Eesti_Rahvusfond, lk 1
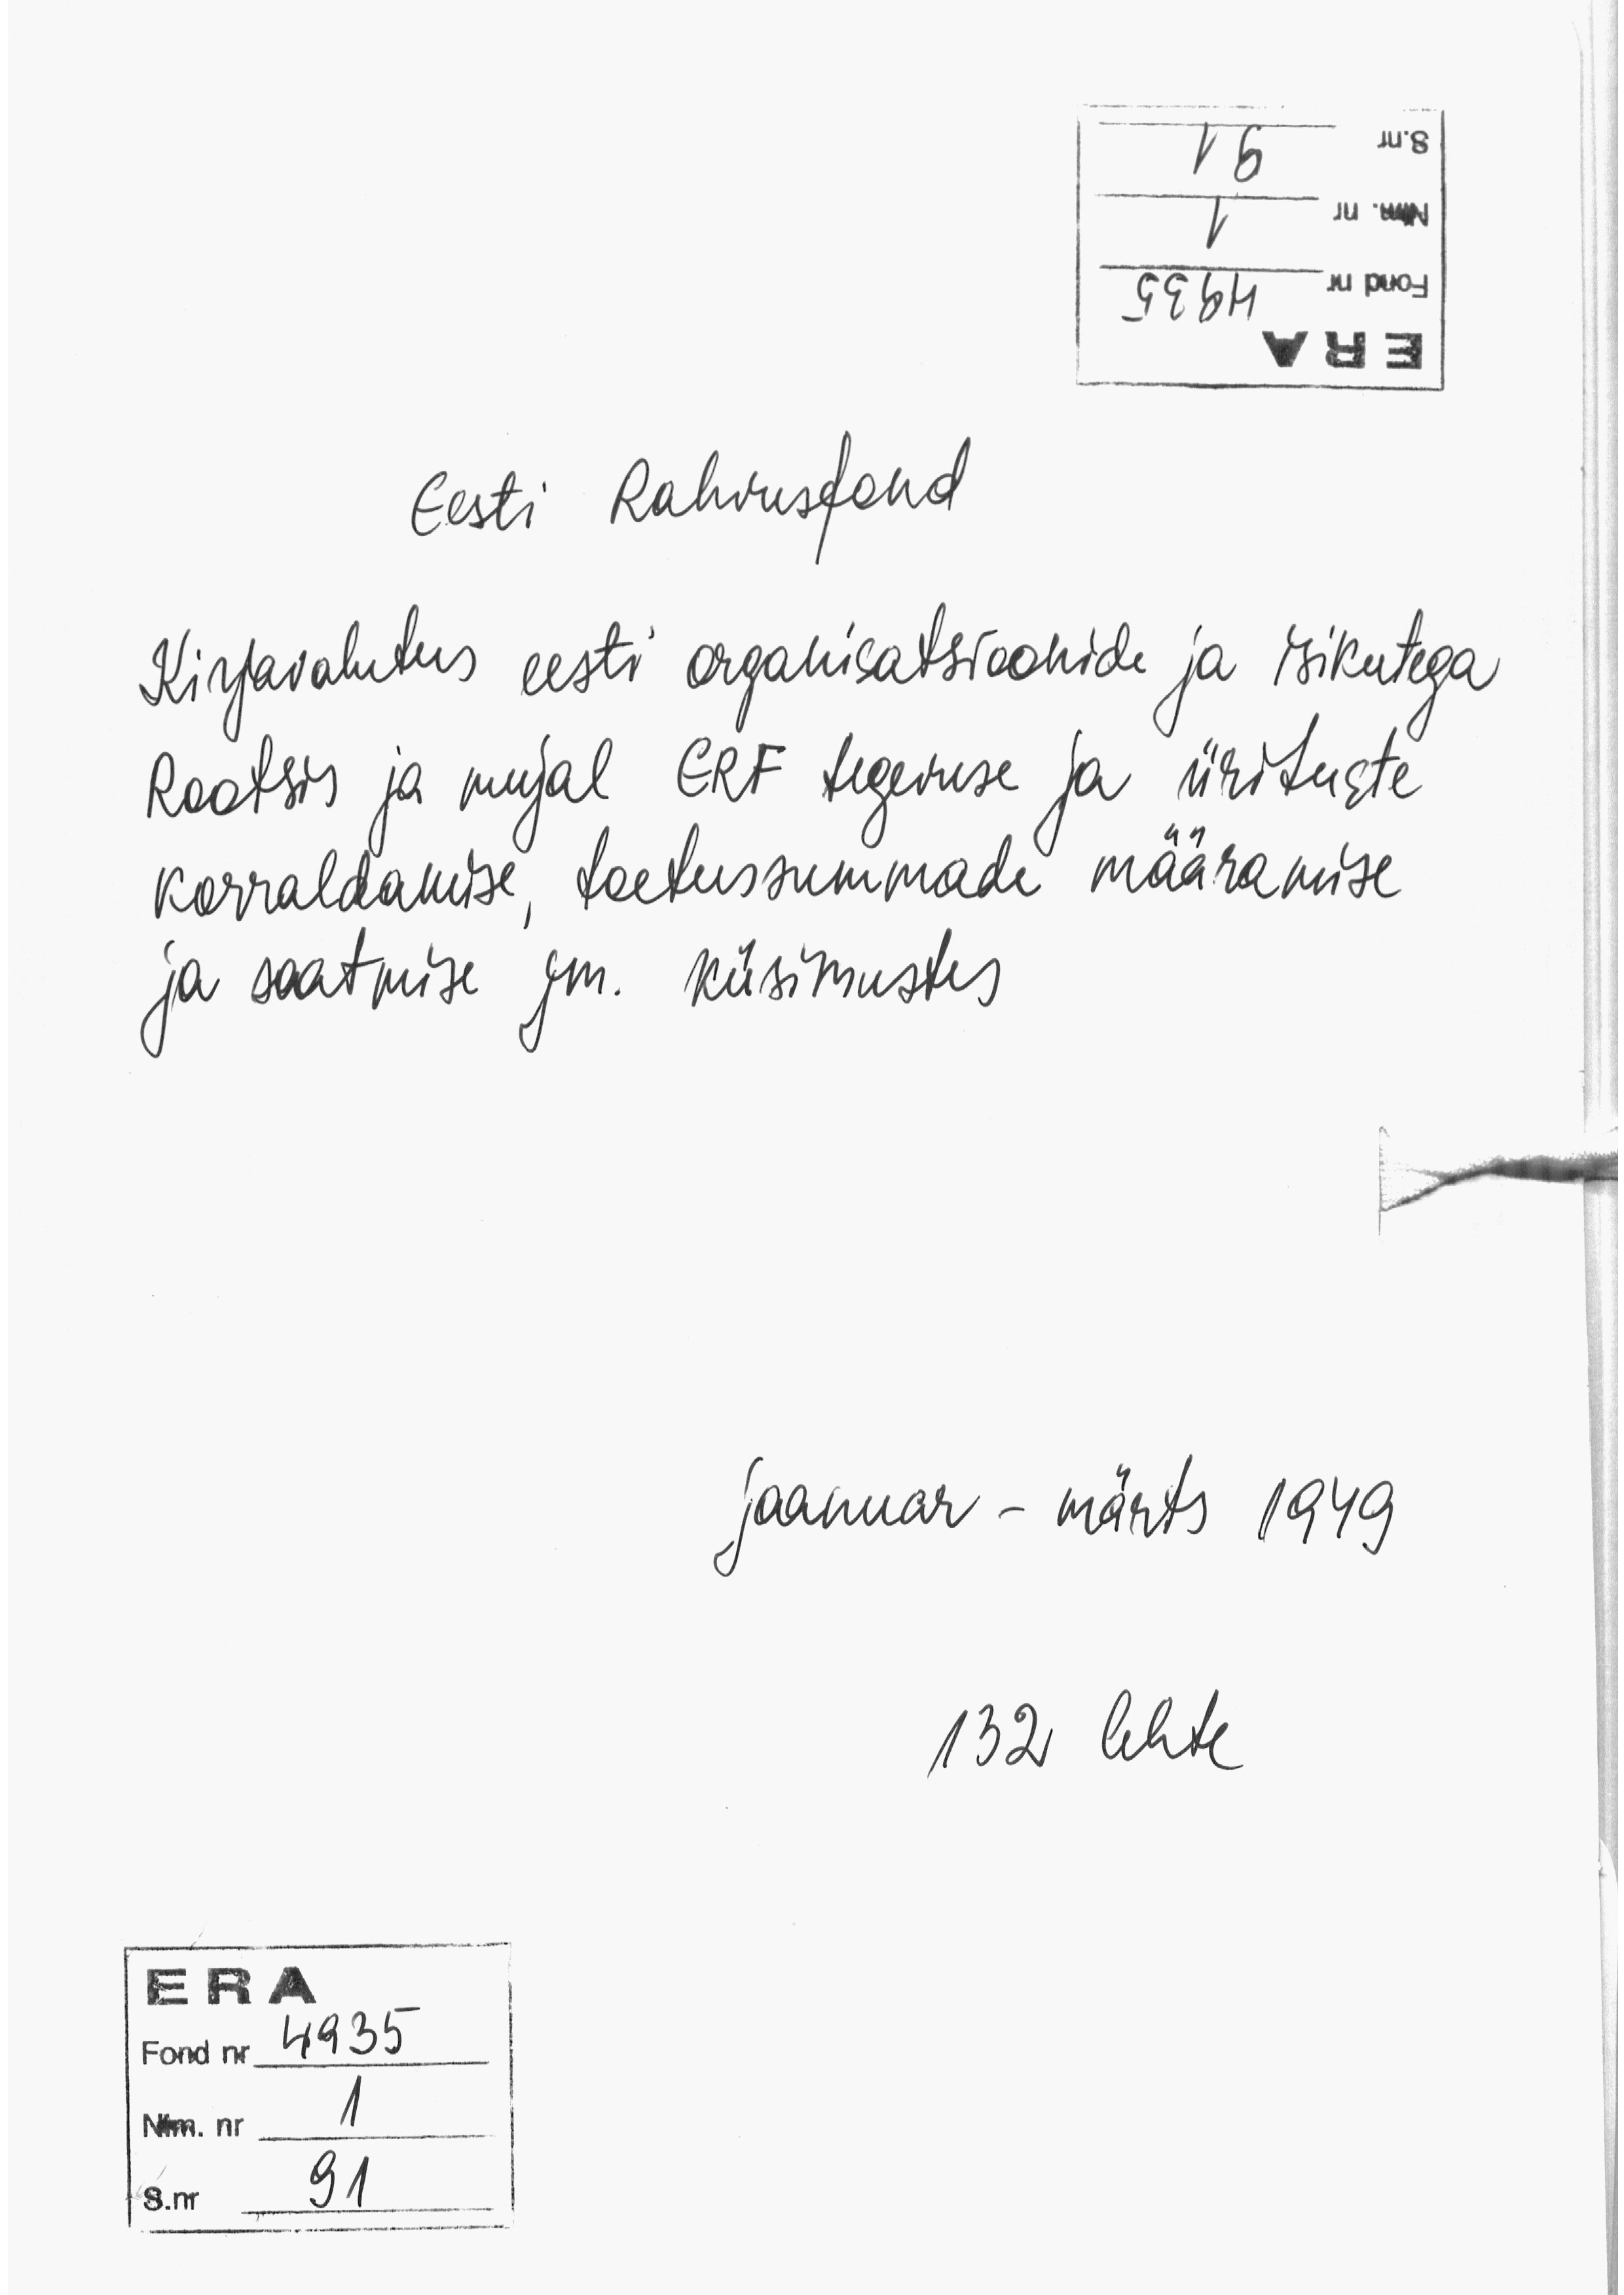
Eesti Rahvusfond
Kirjavahetus eesti organisatsioonide ja isikutega
Rootsis ja mujal ERF tegevuse ja ürituste
korraldamise, toetussummade määramise
ja saatmise jm. küsimustes
jaanuar - märts 1949.
132 lehte
ERA
Fond nr 4935
Nim. nr. 1
S.nr 91